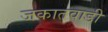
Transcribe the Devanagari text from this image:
जकातवाडी